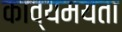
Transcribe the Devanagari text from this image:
काव्यमयता